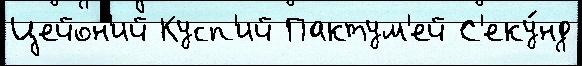
Цейон'ий Кусп'ий Пактум'ей С'еку́нд